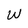
Character: w